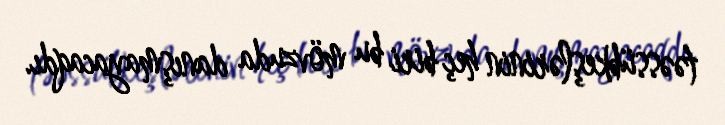
təəssübkeşlərinin heç biri bu mövzuda danışmayacaqdı.